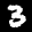
Label: 3